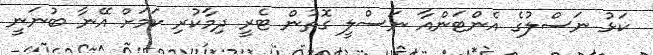
ކަޅު ނަސްލުގެ އެންޓަންއާ ނަސްލީ ގޮތުން ޓެރީ ދިމާކުރި ކަމަށް އޭނާ ބުނަނީ